NAE_ERA_R-2362_Emakeele_Selts, lk 4
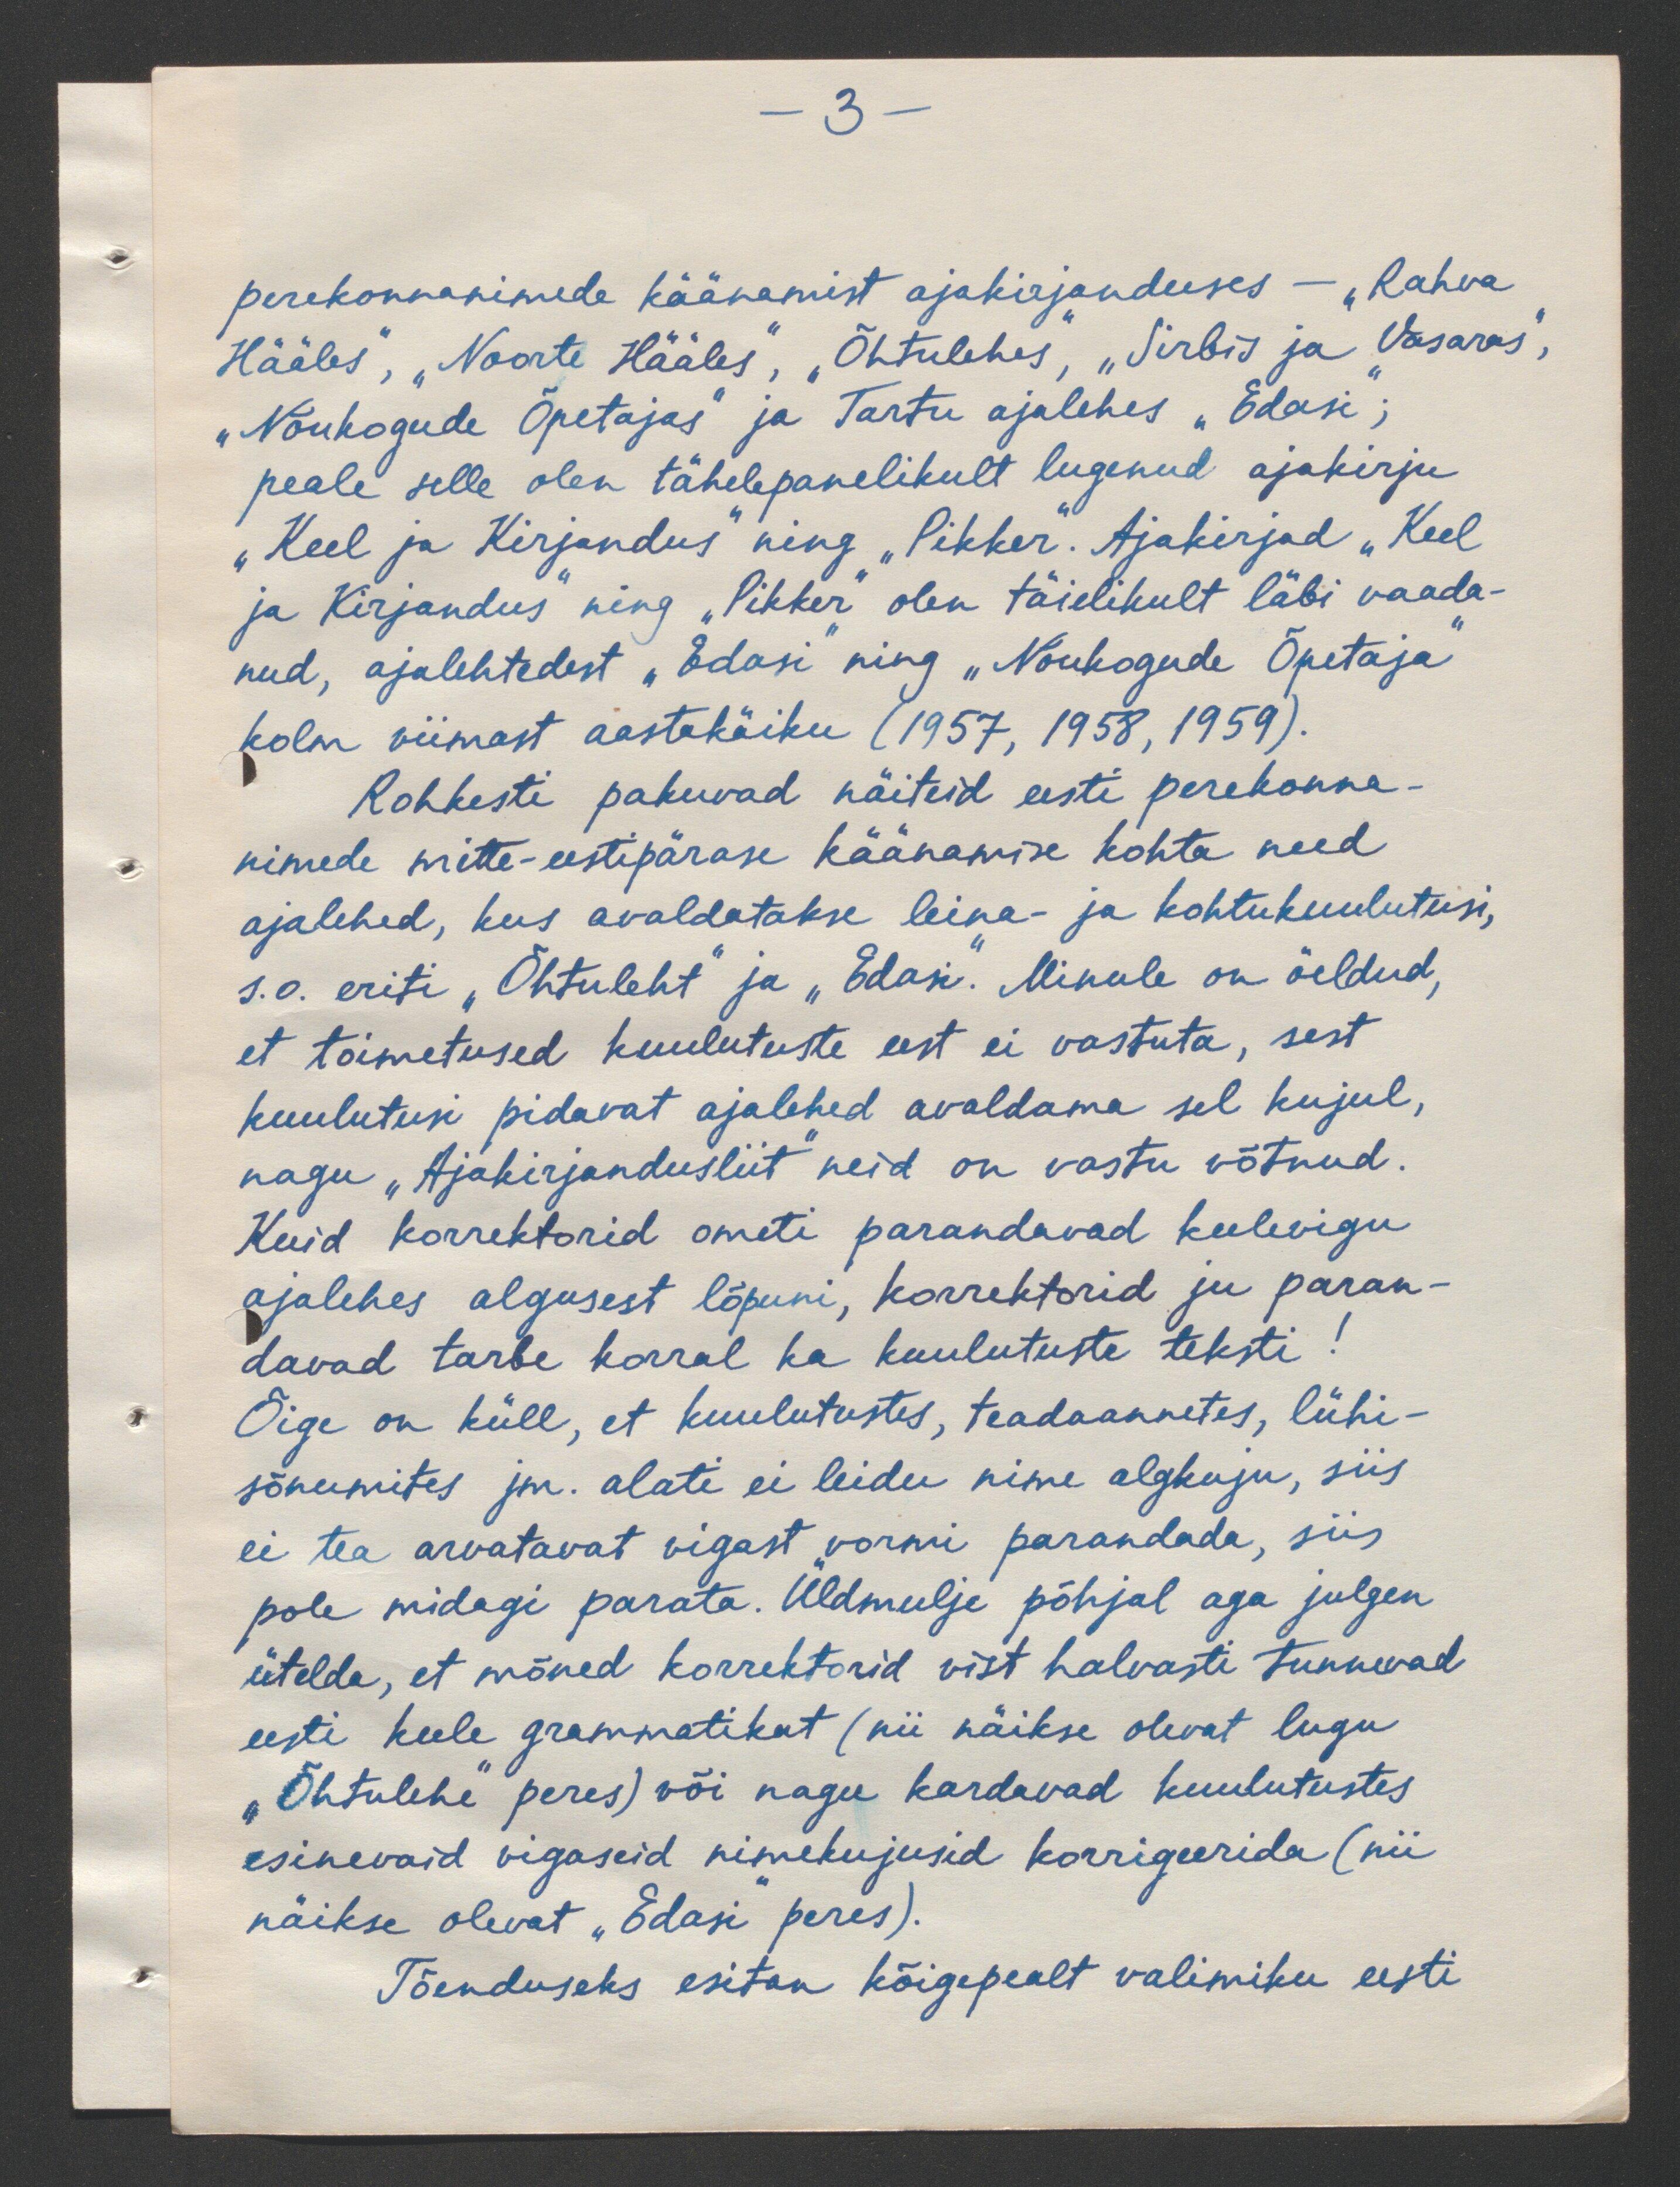
-3 -

perekonnanimede käänamist ajakirjanduses - "Rahva
Hääles, "Noorte Hääles", "Õhtulehes, "Sirbis ja Vasaras",
"Nõukogude Õpetajas" ja Tartu ajalehes "Edasi",
peale selle olen tähelepanelikult lugenud ajakirju
„Keel ja Kirjandus" ning "Pikker". Ajakirjad "Keel
ja Kirjandus ning "Pikker" olen täielikult läbi vaada-
nud, ajalehtedest "Edasi" ning "Nõukogude Õpetaja"
kolm viimast aastakäiku (1957, 1958, 1959).
Rohkesti pakuvad näiteid eesti Perekonna-
nimede mitte-eestipärase käänamise kohta need
ajalehed, kus avaldatakse leina- ja kohtukuulutusi,
s.o eriti "Õhtuleht" ja "Edasi. Minule on öeldud,
et toimetused kuulutuste eest ei vastuta, sest
kuulutusi pidavat ajalehed avaldama sel kujul,
nagu "Ajakirjandusliit" neid on vastu võtnud.
Kuid korrektorid ometi parandavad keelevigu
ajalehes algusest lõpuni, korrektorid ju paran-
davad tarbe korral ka kuulutuste teksti!
Õige on küll, et kuulutustes, teadaannetes, lühi-
sõnumites jm. alati ei leidu nime algkuju, siis
ei tea arvatavat vigast vormi parandada, siis
pole midagi parata. Üldmulje põhjal aga julgen
ütelda, et mõned korrektorid vist halvasti tunnevad
eesti keele grammatikat (nii näikse olevat lugu
"Õhtulehe" peres) või nagu kardavad kuulutustes
esinevaid vigaseid nimekujusid korrigeerida (nii
näikse olevat "Edasi peres).
Tõenduseks esitan kõigepealt valimiku eesti